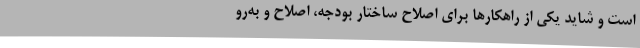
است و شاید یکی از راهکارها برای اصلاح ساختار بودجه، اصلاح و به‌رو